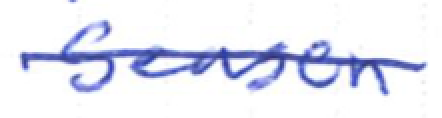
Text: season
Cross-out: single-line
Writing tool: ballpoint